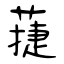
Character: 蓵